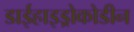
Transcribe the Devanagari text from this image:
डाईहाइड्रोकोडीन